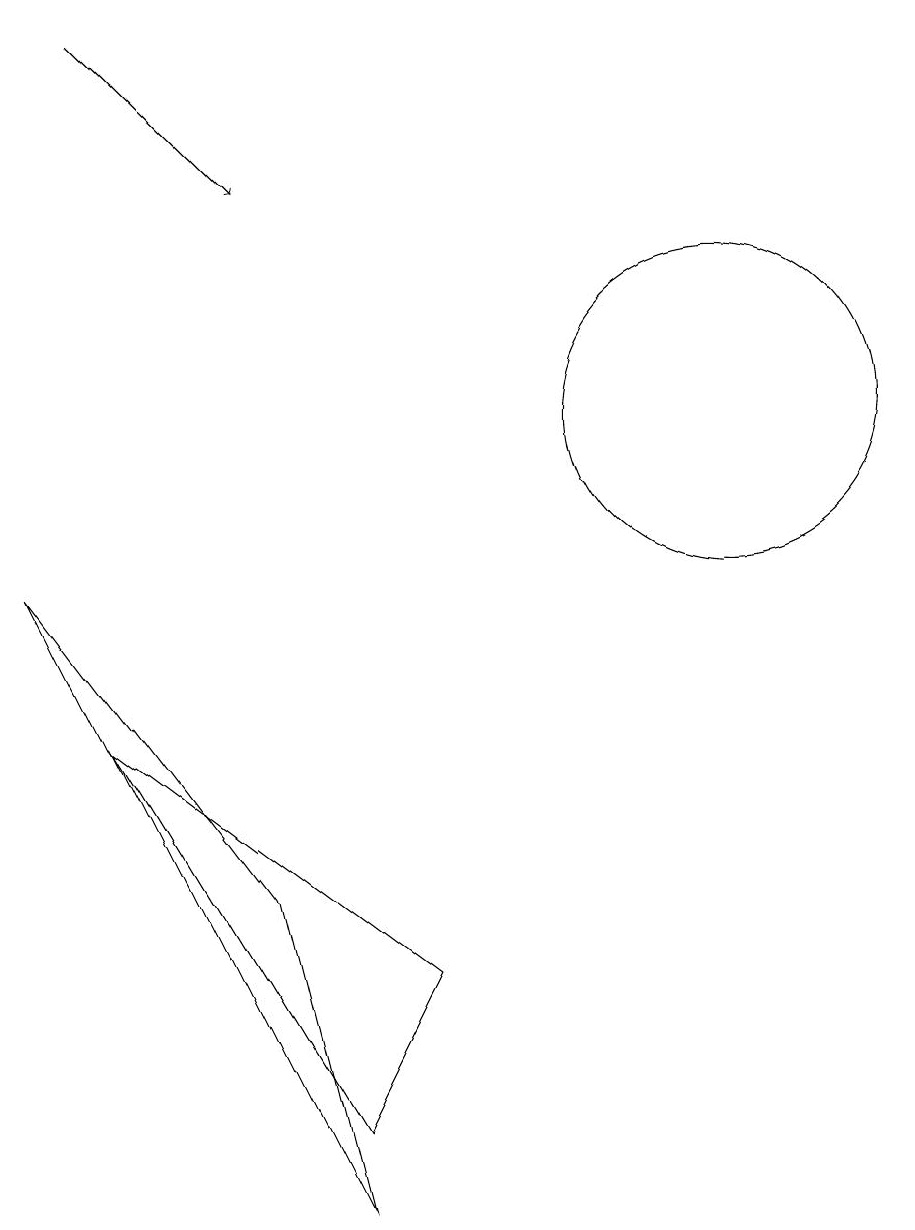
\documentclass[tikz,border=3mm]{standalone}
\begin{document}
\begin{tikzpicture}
\draw (11,11) circle (2);
\draw (7,4) -- (3,7) -- (6,2) -- cycle;
\draw (5,5) -- (2,9) -- (6,1) -- cycle;
\draw[->] (3,16) -- (5,14);
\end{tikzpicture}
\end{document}